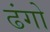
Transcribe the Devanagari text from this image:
ढंगो